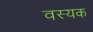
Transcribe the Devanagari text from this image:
वस्यक